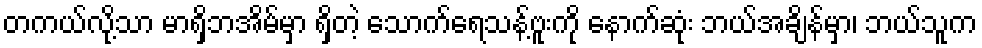
တကယ်လို့သာ မာရှိဘအိမ်မှာ ရှိတဲ့ သောက်ရေသန့်ဗူးကို နောက်ဆုံး ဘယ်အချိန်မှာ၊ ဘယ်သူက